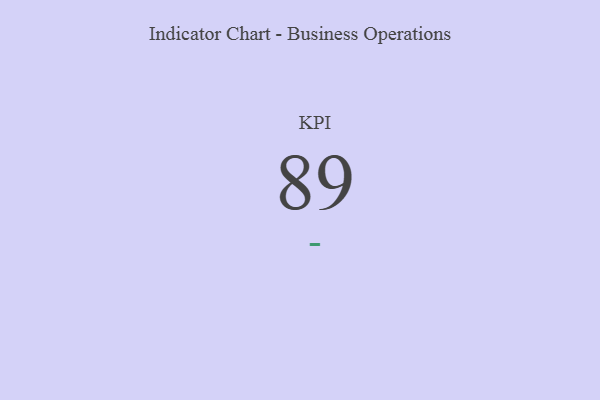
{"axis": {"x": "KPI", "y": "Value"}, "legend": [""], "data": [{"x": "KPI", "y": 89, "type": ""}]}